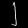
Digit: ၂